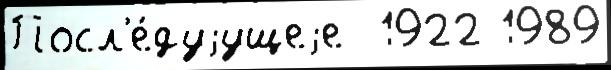
Посл'е́дуjущеjе  1922 1989